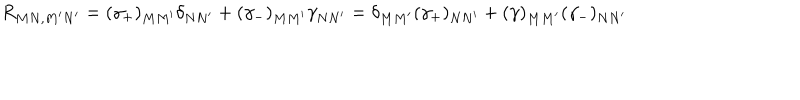
R _ { M N , M ^ { \prime } N ^ { \prime } } = ( \gamma _ { + } ) _ { M M ^ { \prime } } \delta _ { N N ^ { \prime } } + ( \gamma _ { - } ) _ { M M ^ { \prime } } \gamma _ { N N ^ { \prime } } = \delta _ { M M ^ { \prime } } ( \gamma _ { + } ) _ { N N ^ { \prime } } + ( \gamma ) _ { M M ^ { \prime } } ( \gamma _ { - } ) _ { N N ^ { \prime } }